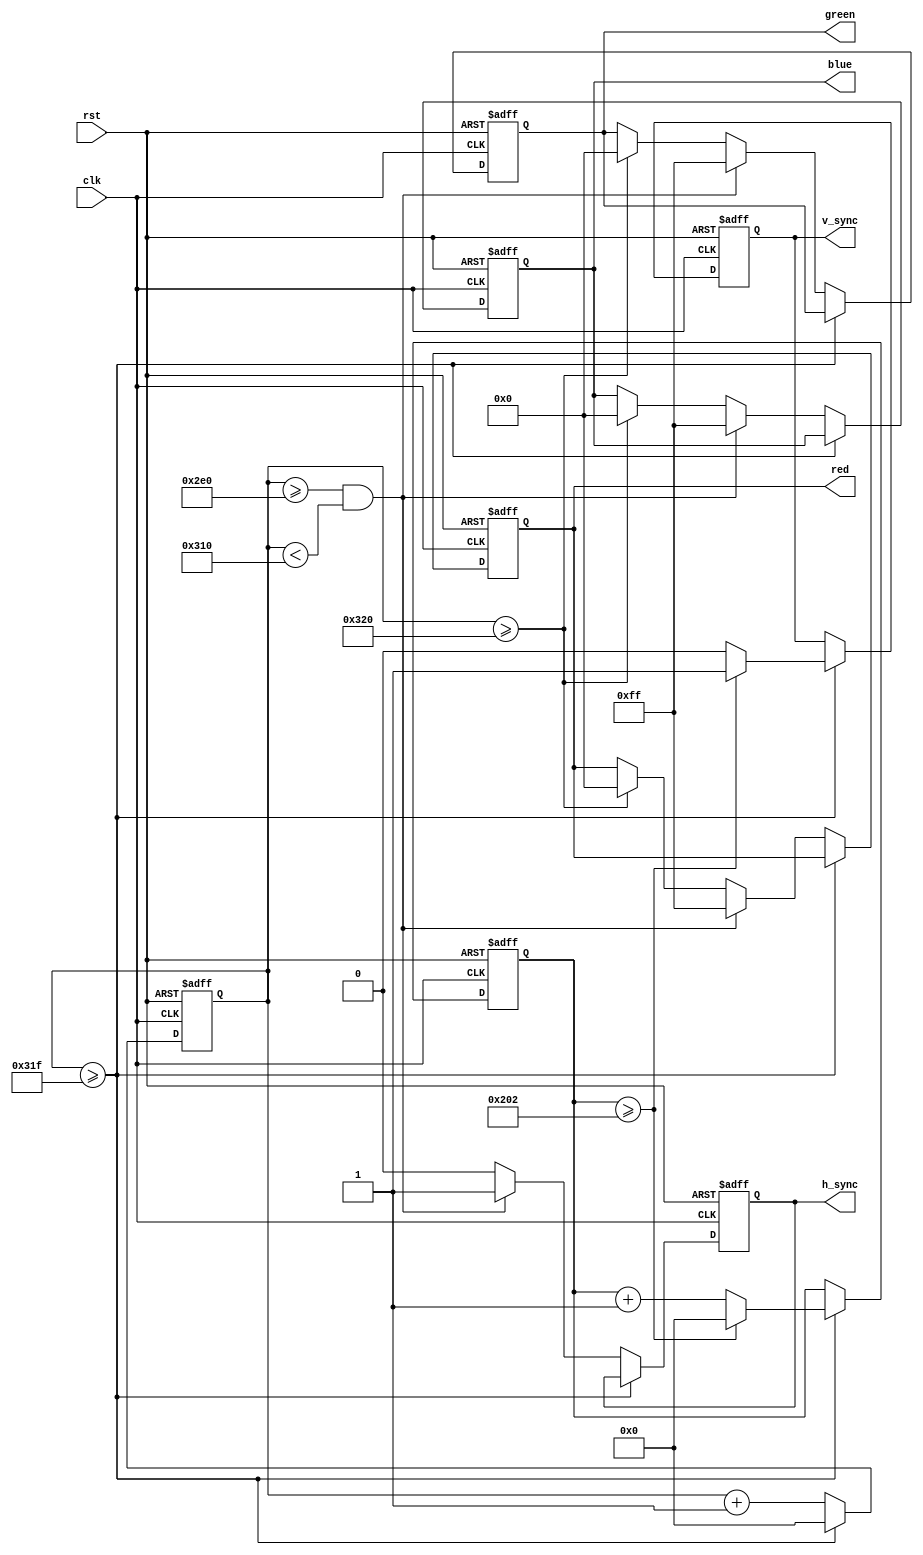
module vga_controller (
  input clk,
  input rst,
  output reg h_sync,
  output reg v_sync,
  output reg [7:0] red,
  output reg [7:0] green,
  output reg [7:0] blue
);

reg [10:0] h_counter;
reg [10:0] v_counter;

// Horizontal timing parameters
parameter H_FRONT_PORCH = 96;
parameter H_SYNC_PULSE = 48;
parameter H_BACK_PORCH = 16;
parameter H_ACTIVE = 640;

// Vertical timing parameters
parameter V_FRONT_PORCH = 2;
parameter V_SYNC_PULSE = 2;
parameter V_BACK_PORCH = 31;
parameter V_ACTIVE = 480;

always @(posedge clk or posedge rst) begin
  if (rst) begin
    h_counter <= 0;
    v_counter <= 0;
    h_sync <= 0;
    v_sync <= 0;
    red <= 0;
    green <= 0;
    blue <= 0;
  end else begin
    if (h_counter >= H_ACTIVE + H_FRONT_PORCH + H_SYNC_PULSE + H_BACK_PORCH - 1) begin
      h_counter <= 0;
      if (v_counter >= V_ACTIVE + V_FRONT_PORCH + V_SYNC_PULSE + V_BACK_PORCH - 1) begin
        v_counter <= 0;
        v_sync <= 1;
      end else begin
        v_counter <= v_counter + 1;
        v_sync <= 0;
      end
    end else begin
      h_counter <= h_counter + 1;
      if (h_counter >= H_ACTIVE + H_FRONT_PORCH && h_counter < H_ACTIVE + H_FRONT_PORCH + H_SYNC_PULSE) begin
        h_sync <= 1;
        red <= 255;
        green <= 255;
        blue <= 255; // White color for sync pulse
      end else if (h_counter >= H_ACTIVE + H_FRONT_PORCH + H_SYNC_PULSE + H_BACK_PORCH) begin
        h_sync <= 0;
        red <= 0;
        green <= 0;
        blue <= 0; // Black color for back porch
      end else begin
        h_sync <= 0;
        // Generate pixel data based on desired output resolution and color depth
        // Additional logic for RGB generation based on pixel position
      end
    end
  end
end

endmodule